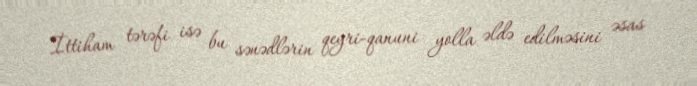
İttiham tərəfi isə bu sənədlərin qeyri-qanuni yolla əldə edilməsini əsas